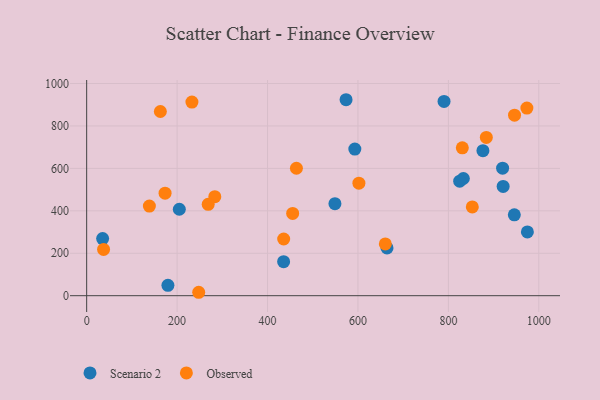
{"axis": {"x": "Investment", "y": "Rating"}, "legend": ["Observed", "Scenario 2"], "data": [{"x": "549.1", "y": 433.8, "type": "Scenario 2"}, {"x": "435.6", "y": 160.3, "type": "Scenario 2"}, {"x": "179.7", "y": 49.0, "type": "Scenario 2"}, {"x": "573.7", "y": 923.6, "type": "Scenario 2"}, {"x": "833.1", "y": 552.4, "type": "Scenario 2"}, {"x": "825.0", "y": 539.9, "type": "Scenario 2"}, {"x": "790.4", "y": 915.8, "type": "Scenario 2"}, {"x": "921.1", "y": 515.2, "type": "Scenario 2"}, {"x": "204.9", "y": 407.4, "type": "Scenario 2"}, {"x": "945.8", "y": 381.2, "type": "Scenario 2"}, {"x": "919.9", "y": 601.2, "type": "Scenario 2"}, {"x": "664.3", "y": 224.9, "type": "Scenario 2"}, {"x": "593.1", "y": 690.8, "type": "Scenario 2"}, {"x": "876.4", "y": 683.4, "type": "Scenario 2"}, {"x": "974.7", "y": 300.5, "type": "Scenario 2"}, {"x": "35.3", "y": 269.0, "type": "Scenario 2"}, {"x": "463.9", "y": 600.7, "type": "Observed"}, {"x": "232.8", "y": 912.4, "type": "Observed"}, {"x": "247.8", "y": 16.1, "type": "Observed"}, {"x": "37.4", "y": 218.0, "type": "Observed"}, {"x": "455.6", "y": 387.7, "type": "Observed"}, {"x": "163.0", "y": 868.0, "type": "Observed"}, {"x": "830.8", "y": 696.7, "type": "Observed"}, {"x": "660.5", "y": 244.1, "type": "Observed"}, {"x": "173.4", "y": 483.1, "type": "Observed"}, {"x": "283.4", "y": 466.6, "type": "Observed"}, {"x": "883.9", "y": 745.9, "type": "Observed"}, {"x": "138.7", "y": 422.3, "type": "Observed"}, {"x": "435.7", "y": 267.1, "type": "Observed"}, {"x": "602.1", "y": 530.5, "type": "Observed"}, {"x": "946.3", "y": 850.8, "type": "Observed"}, {"x": "268.8", "y": 430.5, "type": "Observed"}, {"x": "973.6", "y": 884.3, "type": "Observed"}, {"x": "852.9", "y": 418.5, "type": "Observed"}]}